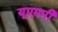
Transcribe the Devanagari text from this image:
यूएमपी